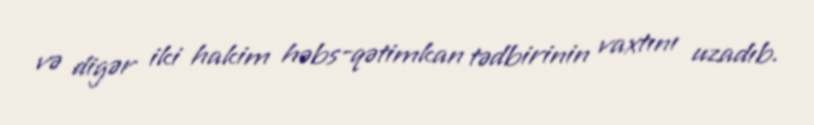
və digər iki hakim həbs-qətimkan tədbirinin vaxtını uzadıb.